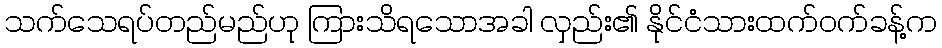
သက်သေရပ်တည်မည်ဟု ကြားသိရသောအခါ လှည်း၏ နိုင်ငံသားထက်ဝက်ခန့်က